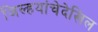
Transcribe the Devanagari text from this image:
जिल्हयांचेदेखिल